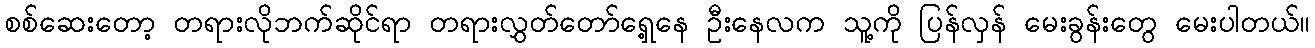
စစ်ဆေးတော့ တရားလိုဘက်ဆိုင်ရာ တရားလွှတ်တော်ရှေ့နေ ဦးနေလက သူ့ကို ပြန်လှန် မေးခွန်းတွေ မေးပါတယ်။